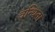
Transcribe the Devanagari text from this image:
वन्धिता